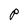
Character: P